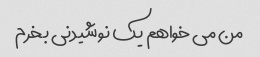
من می خواهم یک نوشیدنی بخرم